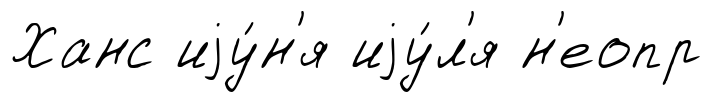
Ханс иjу́н'я иjу́л'я н'еопр